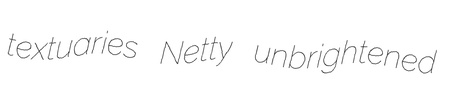
textuaries Netty unbrightened